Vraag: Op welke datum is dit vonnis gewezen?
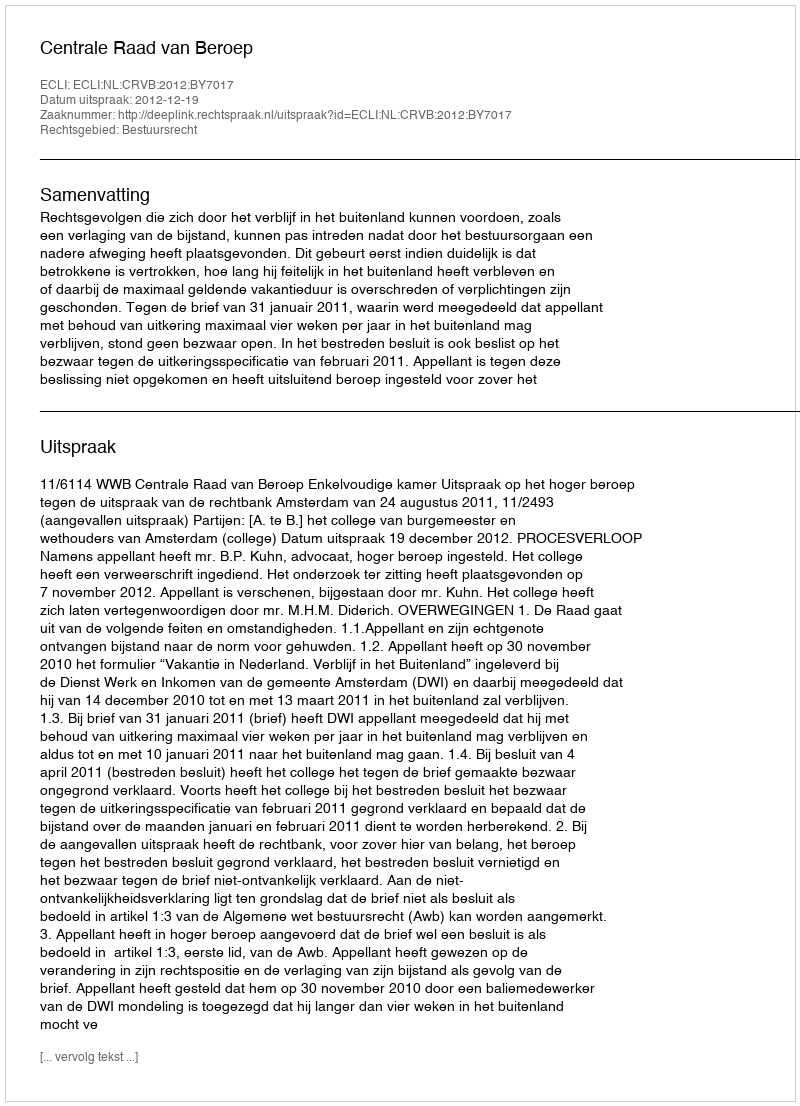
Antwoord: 2012-12-19